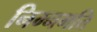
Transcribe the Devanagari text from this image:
निम्नगति